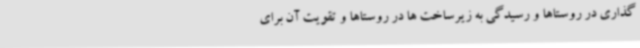
گذاری در روستاها و رسیدگی به زیرساخت ها در روستاها و تقویت آن برای